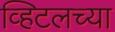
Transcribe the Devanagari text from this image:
व्हिटलच्या